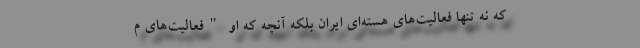
که نه تنها فعالیت‌های هسته‌ای ایران بلکه آنچه که او "فعالیت‌های م